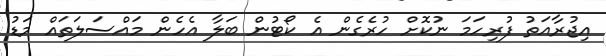
އިޖުރާއަތު ފުރިހަމަ ނުކޮށް ހުރެގެން އެ ކޯޓުން ބަލާ އެހެން މައްސަލަތައް މަޑު